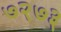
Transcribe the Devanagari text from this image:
७२७३